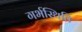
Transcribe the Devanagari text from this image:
गर्भस्थिति